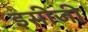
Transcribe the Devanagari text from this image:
इसीजी